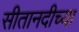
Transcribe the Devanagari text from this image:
सीतानदीच्या